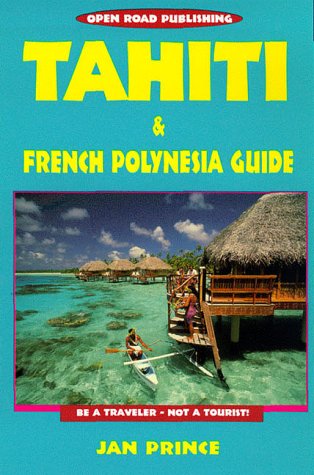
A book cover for Tahiti and French Polynesia Guide; Jan Prince; Travel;